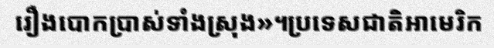
រឿងបោកប្រាស់ទាំងស្រុង»។ប្រទេសជាតិអាមេរិក